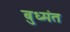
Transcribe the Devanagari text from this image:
बुध्मंत